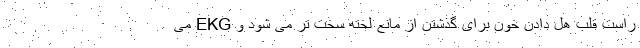
راست قلب هل دادن خون برای گذشتن از مانع لخته سخت تر می شود و EKG می